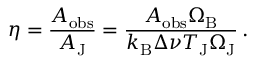
\eta = \frac { A _ { \mathrm { o b s } } } { A _ { \mathrm { J } } } = \frac { A _ { \mathrm { o b s } } \Omega _ { \mathrm { B } } } { k _ { \mathrm { B } } \Delta \nu T _ { \mathrm { J } } \Omega _ { \mathrm { J } } } \, .